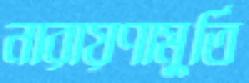
নারায়ণামুর্তি